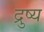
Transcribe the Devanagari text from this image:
द्रुष्य